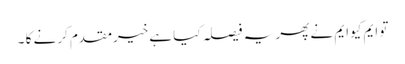
تو ایم کیوایم نے پھر یہ فیصلہ کیا ہےخیرمقدم کرنے کا ۔